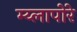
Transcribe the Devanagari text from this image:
म्य्लापोरे